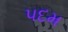
પદમ